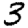
Digit: 3